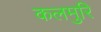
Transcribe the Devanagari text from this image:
कलमुरि